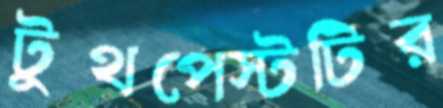
টুথপেস্টটির